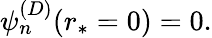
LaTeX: \begin{array}{r}{\psi_{n}^{(D)}(r_{*}=0)=0.}\end{array}